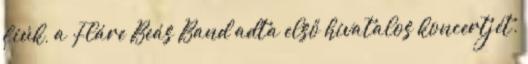
fiúk, a Fláre Beás Band adta első hivatalos koncertjét.